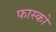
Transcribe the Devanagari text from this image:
फास्को